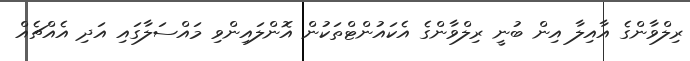
ރިލްވާންގެ އާއިލާ އިން ބުނީ ރިލްވާންގެ އެކައުންޓްތަކުން އޮންލައިންވި މައްސަލާގައި އަދި އެއްޗެއް